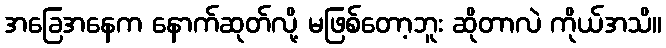
အခြေအနေက နောက်ဆုတ်လို့ မဖြစ်တော့ဘူး ဆိုတာလဲ ကိုယ်အသိ။